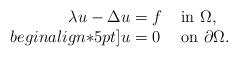
LaTeX: \begin{align*}\begin{array}{r@{}c@{}ll} \lambda u - \Delta u & {} = {} & f & \mbox{ in } \Omega , \\begin{align*}5pt] u & = & 0 & \mbox{ on } \partial\Omega . \end{array}\end{align*}